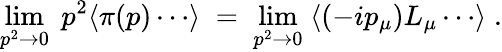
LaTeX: \operatorname*{lim}_{p^{2}\to 0}\; p^{2}\langle\pi(p)\cdots\rangle\; =\; \operatorname*{lim}_{p^{2}\to 0}\; \langle(-ip_{\mu})L_{\mu}\cdots\rangle\; .